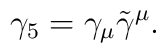
\gamma_5 = \gamma_\mu \tilde \gamma^\mu.